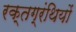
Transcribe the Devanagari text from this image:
रक्तग्रंथियों